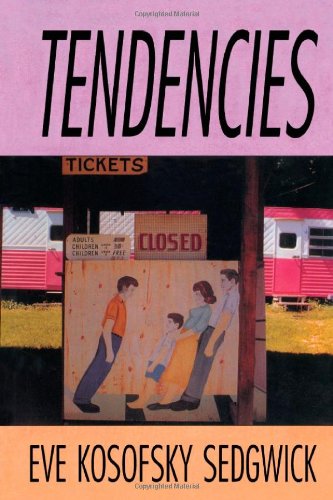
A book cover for Tendencies (Series Q); Eve  Kosofsky Sedgwick; Gay & Lesbian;